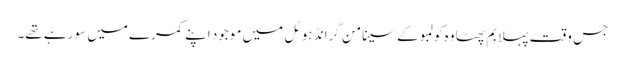
جس وقت پہلا بم پھٹا وہ کولمبو کے سینامن گرانڈ ہوٹل میں موجود اپنے کمرے میں سو رہے تھے۔